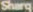
Sharq